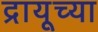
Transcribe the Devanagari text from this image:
द्रायूच्या